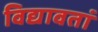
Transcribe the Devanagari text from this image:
विद्यावतां